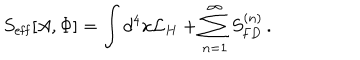
S _ { \mathrm { e f f } } [ A , \Phi ] = \int d ^ { 4 } x { \mathcal L } _ { H } + \sum _ { n = 1 } ^ { \infty } S _ { \mathrm { F D } } ^ { ( n ) } \, .